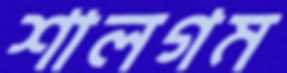
শালগম